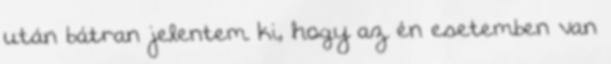
után bátran jelentem ki, hogy az én esetemben van